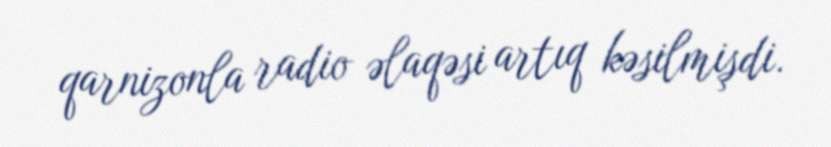
qarnizonla radio əlaqəsi artıq kəsilmişdi.